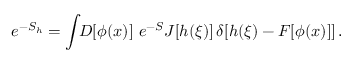
e ^ { - S _ { h } } = \int \! \! D [ \phi ( x ) ] \ e ^ { - S } J [ h ( \xi ) ] \, \delta [ h ( \xi ) - F [ \phi ( x ) ] ] \, .